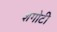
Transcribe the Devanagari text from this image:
शगोटी